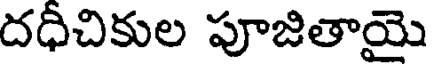
దధీచికుల పూజితాయై